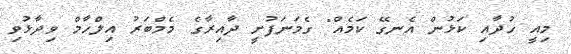
މިއީ ހުދާއި ކަޅުން އެނގޭ ކަމެއް" ގެމަނަފުށީ ދާއިރާގެ މެމްބަރު އިލްހާމް ވިދާޅުވި